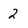
Character: 2